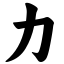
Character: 力